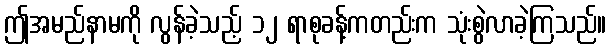
ဤအမည်နာမကို လွန်ခဲ့သည့် ၁၂ ရာစုခန့်ကတည်းက သုံးစွဲလာခဲ့ကြသည်။